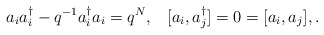
\begin{align*}a_i a_i^{\dagger}-q^{-1}a_i^{\dagger}a_i=q^N ,\;\;\;[a_i,a_j^{\dagger}]=0=[a_i,a_j],.\end{align*}